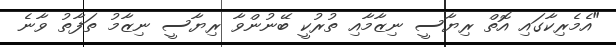
"އެމެރިކާގައި އޮތް ރިޔާސީ ނިޒާމާއި ތުރުކީ ބޭނުންވާ ރިޔާސީ ނިޒާމު ތަފާތު ވާނެ